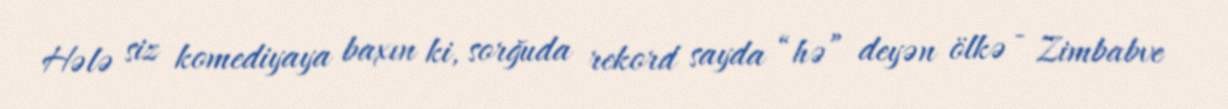
Hələ siz komediyaya baxın ki, sorğuda rekord sayda “hə” deyən ölkə - Zimbabve